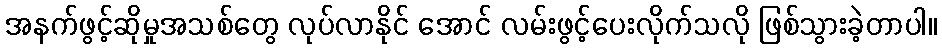
အနက်ဖွင့်ဆိုမှုအသစ်တွေ လုပ်လာနိုင် အောင် လမ်းဖွင့်ပေးလိုက်သလို ဖြစ်သွားခဲ့တာပါ။